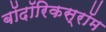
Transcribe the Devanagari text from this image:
बॉदॉरिकस्रॉम